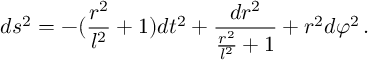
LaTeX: d s ^ { 2 } = - ( \frac { r ^ { 2 } } { l ^ { 2 } } + 1 ) d t ^ { 2 } + \frac { d r ^ { 2 } } { \frac { r ^ { 2 } } { l ^ { 2 } } + 1 } + r ^ { 2 } d \varphi ^ { 2 } \, .